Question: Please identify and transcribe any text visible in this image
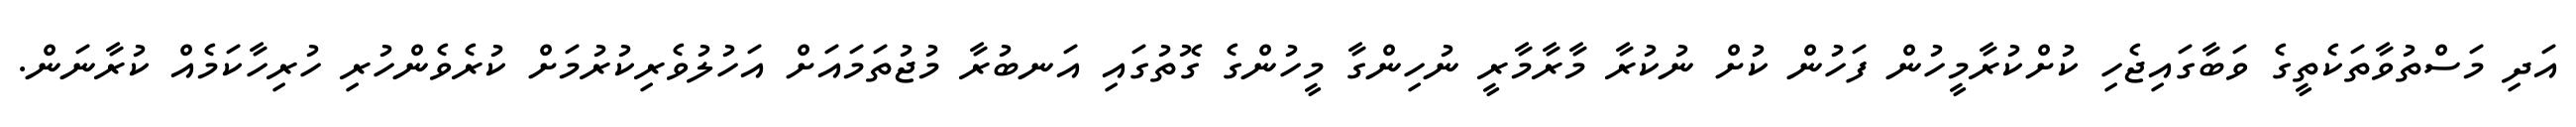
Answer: އަދި މަސްތުވާތަކެތީގެ ވަބާގައިޖެހި ކުށްކުރާމީހުން ފަހުން ކުށް ނުކުރާ މާރާމާރީ ނުހިންގާ މީހުންގެ ގޮތުގައި އަނބުރާ މުޖުތަމައަށް އަހުލުވެރިކުރުމަށް ކުރެވެންހުރި ހުރިހާކަމެއް ކުރާނަން.